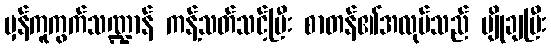
မှန်ကူကွက်သဏ္ဍာန် ကန့်သတ်သင့်ပြီး စာတန်၏အလုပ်သည် မျိုချပြီး